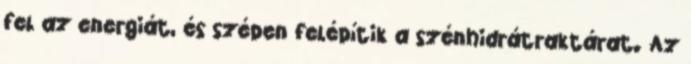
fel az energiát, és szépen felépítik a szénhidrátraktárat. Az